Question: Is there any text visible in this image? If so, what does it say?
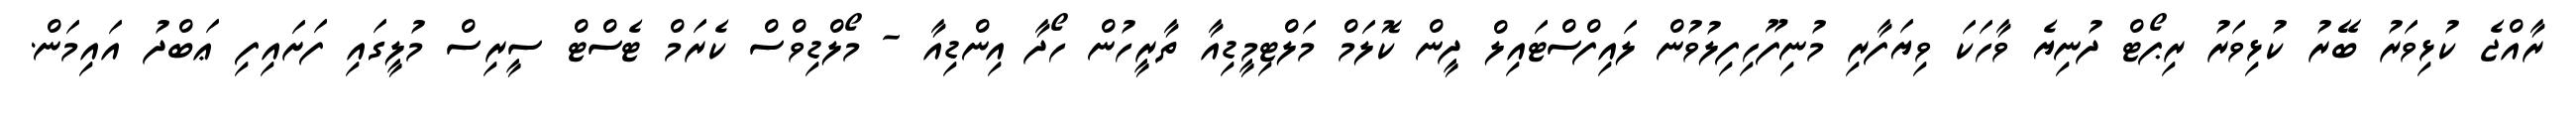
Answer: ރާއްޖެ ކުޅިވަރު ބޭރު ކުޅިވަރު ރިޕޯޓް ދުނިޔެ ވާހަކަ ވިޔަފާރި މުނިފޫހިފިލުވުން ލައިފްސްޓައިލް ދީން ކޮލަމް މަލްޓިމީޑިއާ ތާރީހުން ހޯދާ އިންޑިއާ - މޯލްޑިވްސް ކެރަމް ޓެސްޓް ސީރިސް މުލީގައި ފަށައިފި ޢަބްދު އައިމަން.